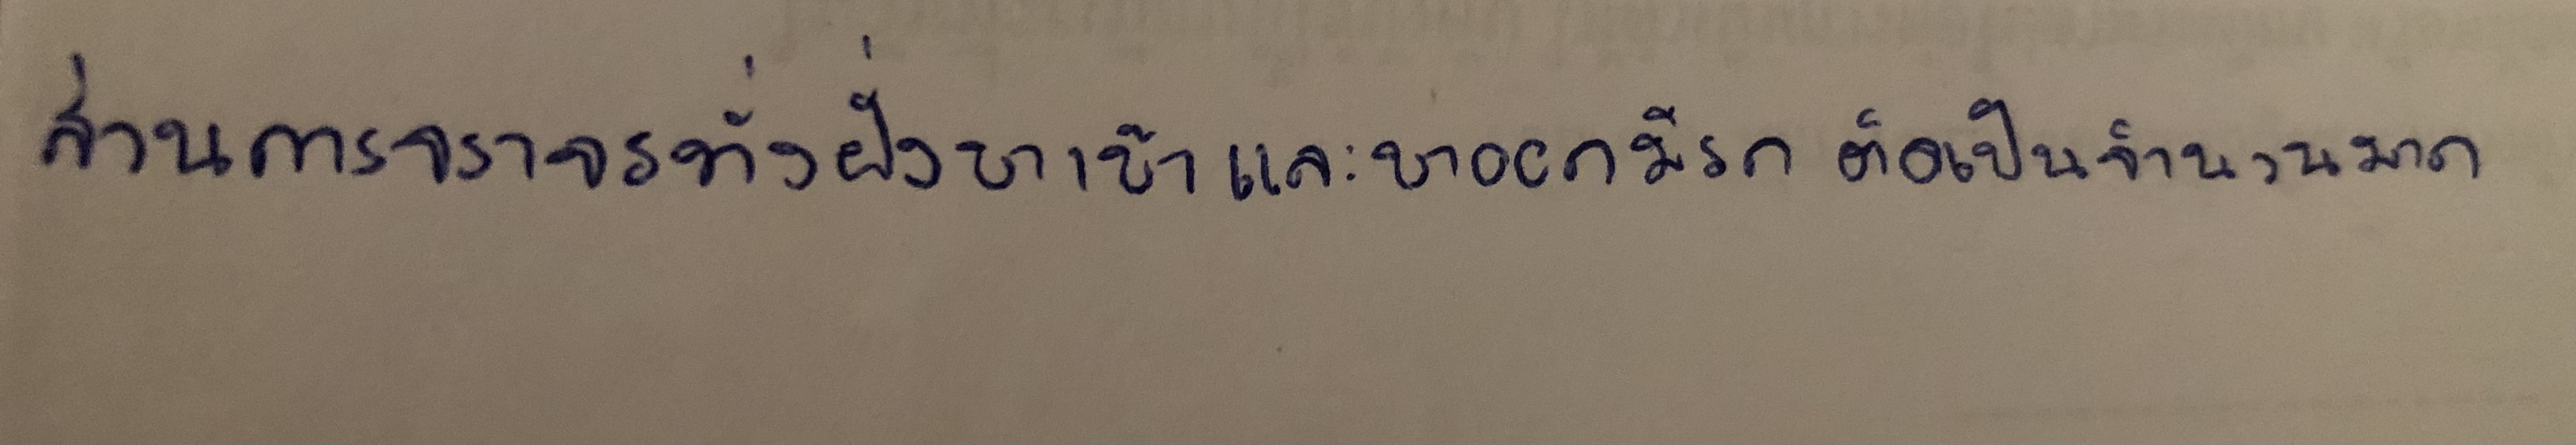
ส่วนการจราจรทั้งฝั่งขาเข้าและขาออกมีรถติดเป็นจำนวนมาก